Eesti_Vabariigi_Tartu_Ulikool, lk 60
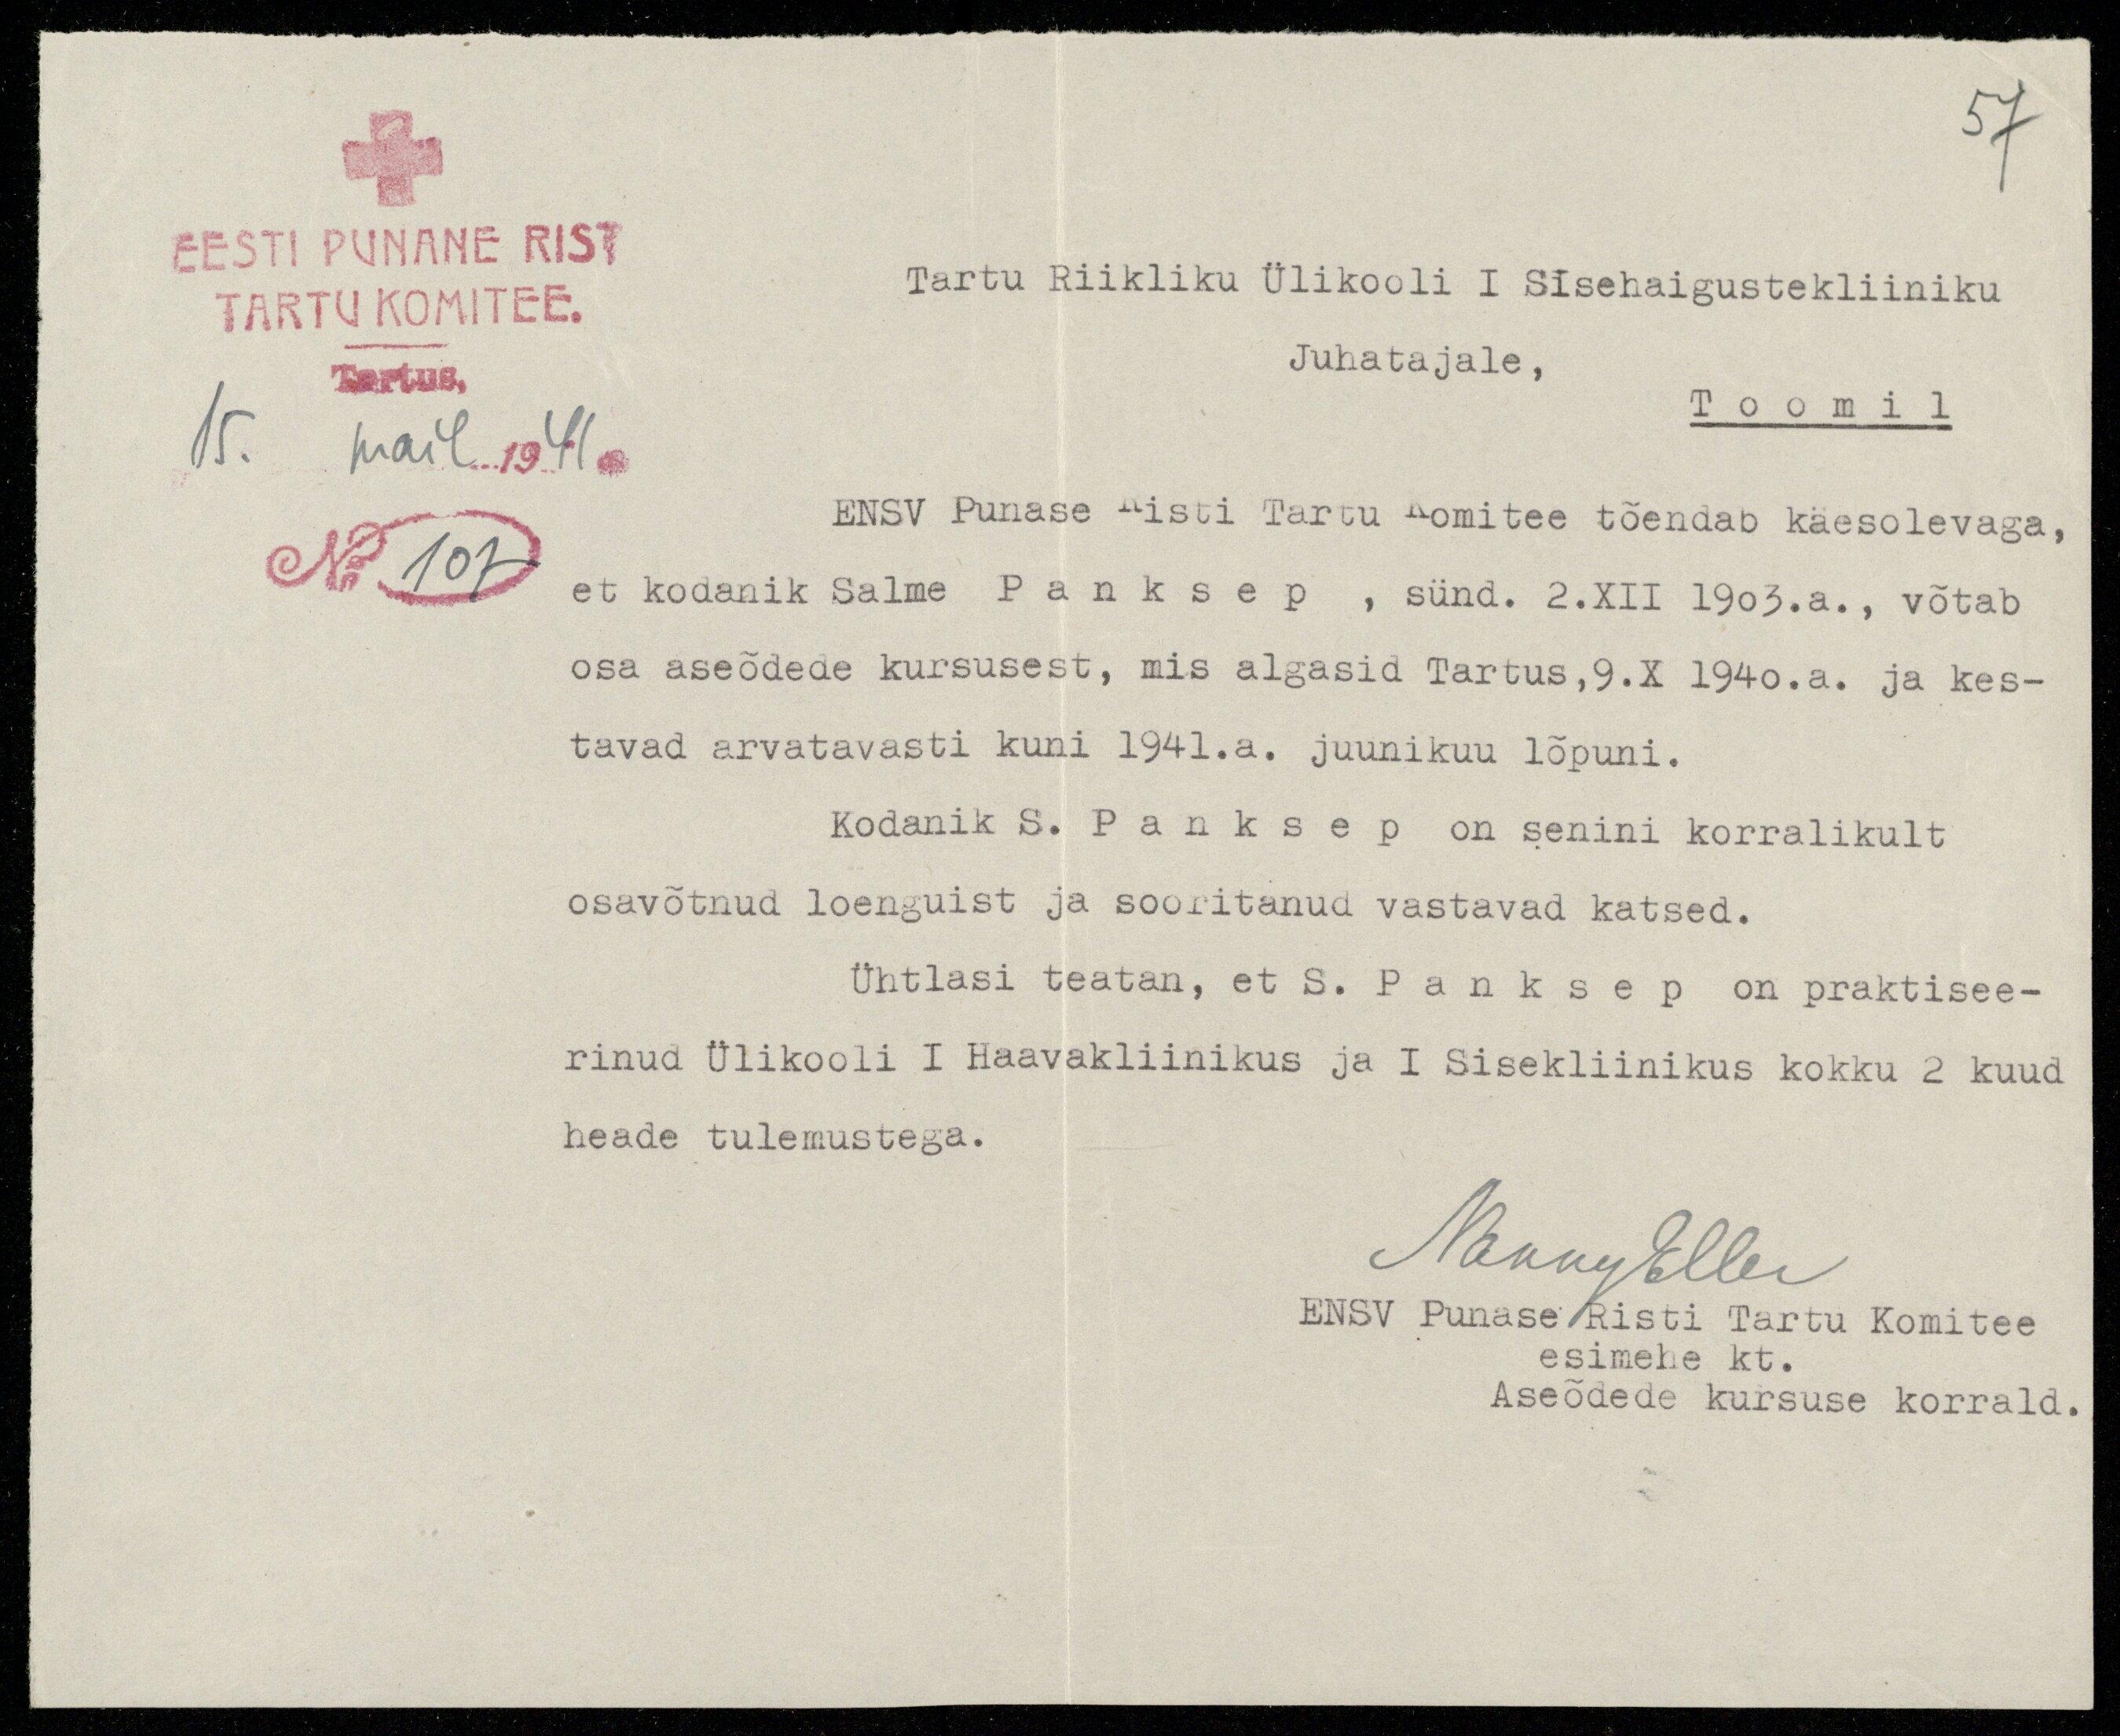
57
EESTI PUNANE RIST
TARTU KOMITEE.
Tartus,
15. mail. 1941.
No 107
Tartu Riikliku Ülikooli I Sisehaigustekliiniku
Juhatajale,
Toomil
ENSV Punase Risti Tartu Komitee tõendab käesolevaga,
et kodanik Salme Panksep, sünd. 2.XII 1903.a., võtab
osa aseõdede kursusest, mis algasid Tartus,9.X 1940.a. ja kes-
tavad arvatavasti kuni 1941.a. juunikuu lõpuni.
Kodanik S. Panksep on senini korralikult
osavõtnud loenguist ja sooritanud vastavad katsed.
Ühtlasi teatan, et S. Panksep on praktisee-
rinud Ülikooli I Haavakliinikus ja I Sisekliinikkus kokku 2 kuud
heade tulemustega.
Manny Eller
ENSV Punase Risti Tartu Komitee
esimehe kt.
Aseõdede kursuse korrald.